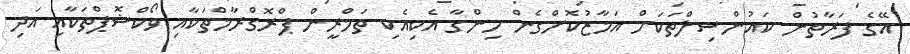
އޭގެ ފަރާތުން ކައުންސިލްތަކަށް އަމާޒުކޮށްގެން ހިންގާ އެކިއެކި ތަމްރީން ޕްރޮގްރާމްތަކާއި ވޯކްޝޮޕްތަކާއި އަދި